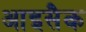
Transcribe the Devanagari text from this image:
आइसैक